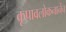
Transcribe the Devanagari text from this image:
कृपावलोकनानेंच